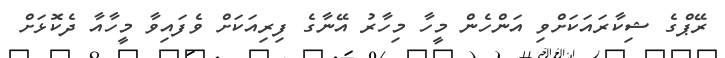
ރޭޕްގެ ޝިކާރައަކަށްވި އަންހެން މީހާ މިހާރު އޭނާގެ ފިރިއަކަށް ވެފައިވާ މީހާއާ ދެކޮޅަށް